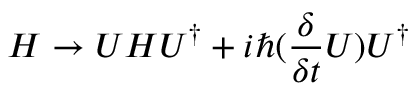
H \rightarrow U H U ^ { \dag } + i \hbar ( \frac { \delta } { \delta t } U ) U ^ { \dag }